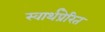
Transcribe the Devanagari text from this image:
स्वार्थप्रेरित